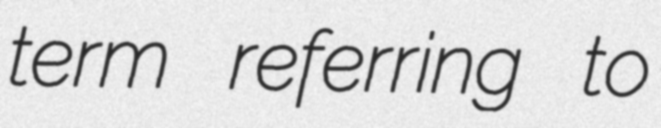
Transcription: term referring to